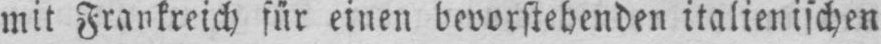
mit Frankreich für einen bevorstehenden italienischen